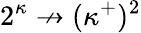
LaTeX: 2^{\kappa}\not\rightarrow(\kappa^{+})^{2}